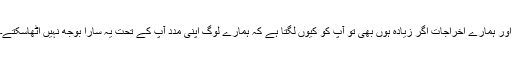
اور ہمارے اخراجات اگر زیادہ ہوں بھی تو آپ کو کیوں لگتا ہے کہ ہمارے لوگ اپنی مدد آپ کے تحت یہ سارا بوجھ نہیں اٹھاسکتے۔